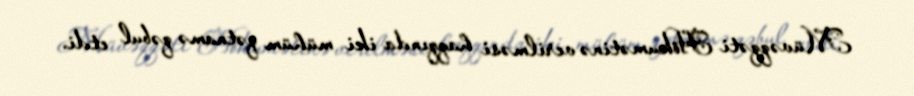
Müvəqqəti Hökumətinə verilməsi haqqında iki mühüm qətnamə qəbul etdi.